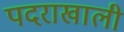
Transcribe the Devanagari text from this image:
पदराखाली